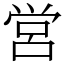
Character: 営